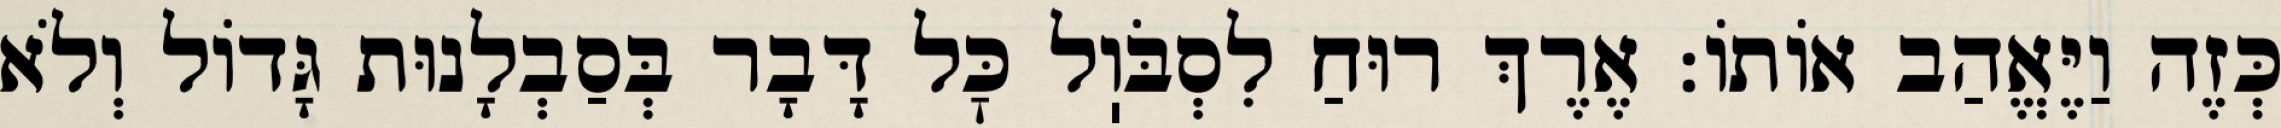
כְּזֶה וַיֶּאֱהַב אוֹתוֹ: אֶרֶךְ רוּחַ לִסְבֹּוֽל כׇּל דָּבָר בְּסַבְלָנוּת גָּדוֹל וְלֹא